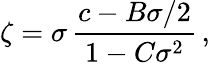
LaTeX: \zeta=\sigma\, {\frac{c-B\sigma/2}{1-C\sigma^{2}}}\, ,